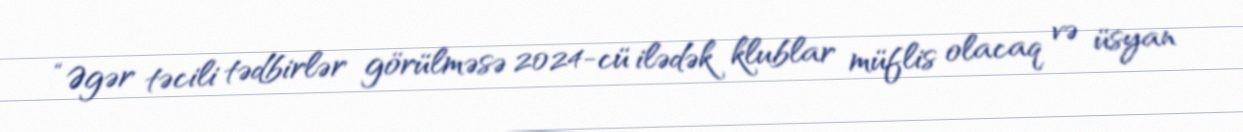
“Əgər təcili tədbirlər görülməsə 2024-cü ilədək klublar müflis olacaq və üsyan